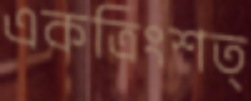
একত্রিংশত্